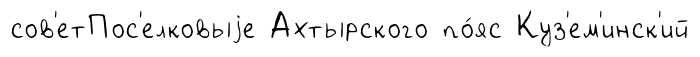
сов'етПос'елковыjе Ахтырского по́яс Куз'ем'инск'ий